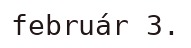
február 3.